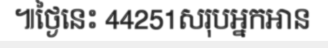
៕ថ្ងៃនេះ 44251សរុបអ្នកអាន